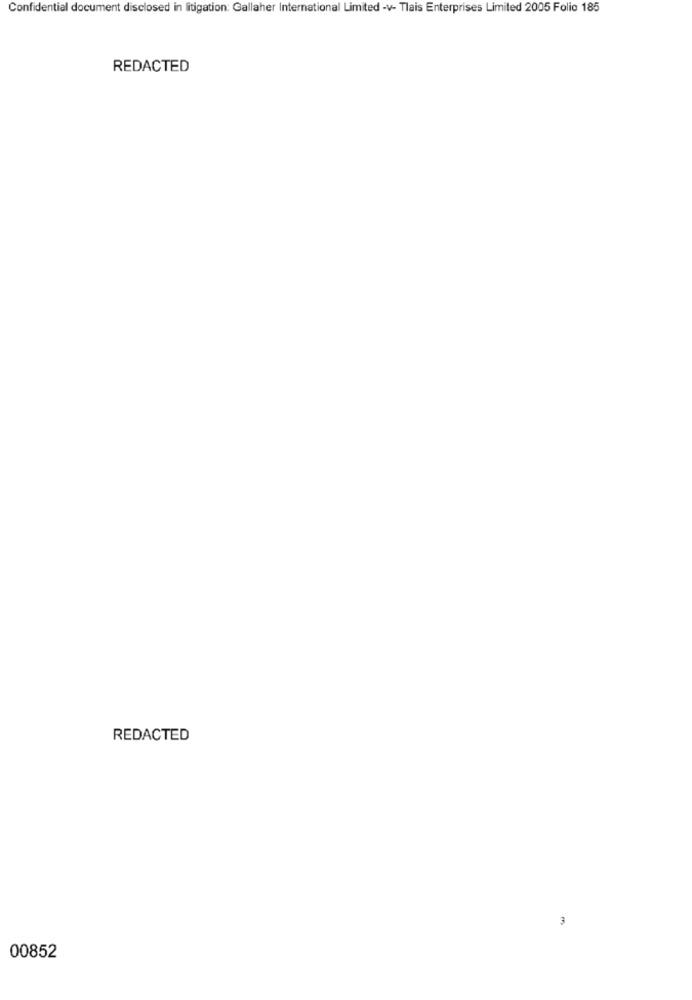
Confidential document disclosed in litigation: Gallaher International Limited -v- Tlais Enterprises Limited 2005 Folio 185
REDACTED
REDACTED
3
00852